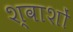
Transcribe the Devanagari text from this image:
श्वाशों